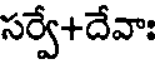
సర్వే+దేవాః